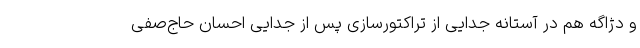
و دژاگه هم در آستانه جدایی از تراکتورسازی پس از جدایی احسان حاج‌صفی